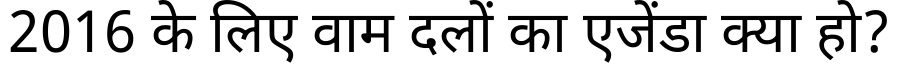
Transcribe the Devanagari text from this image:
2016 के लिए वाम दलों का एजेंडा क्या हो?